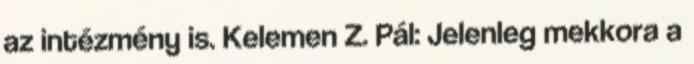
az intézmény is. Kelemen Z. Pál: Jelenleg mekkora a